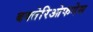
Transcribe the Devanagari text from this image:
बक्तेरिओफगेस